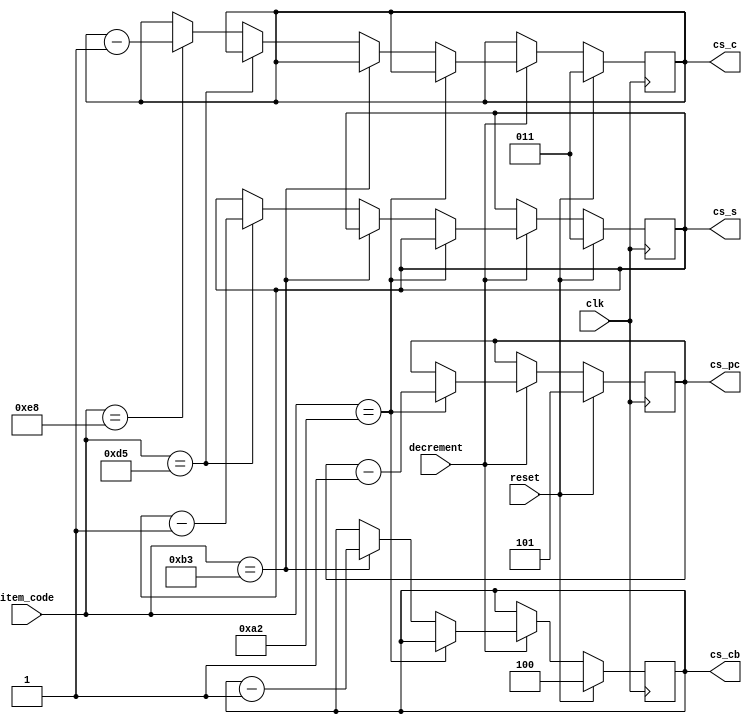
module Inventory
(
	input  clk, 
	input reset,
	//input S9, 
	input decrement,
	input [7:0] item_code,
	
	output reg [2:0] cs_pc, 
	output reg [2:0] cs_cb, 
	output reg [2:0] cs_s, 
	output reg [2:0] cs_c
);

localparam [7:0]  potato_chips = 8'hA2,
					   candy_bar = 8'hB3,
					   soda = 8'hD5,
					   cookie = 8'hE8; 

always@(posedge clk) 
if (reset) 
begin 
	cs_pc <= 3'd5;
	cs_cb <= 3'd4;
	cs_s <= 3'd3;
	cs_c <= 3'd3;
end

else 
begin
	if (decrement==1) 
	begin 
 
		if (item_code==potato_chips)
		begin 
		cs_pc <= cs_pc-3'b1 ;
		end 

		else if ( item_code ==candy_bar) 
		begin  
		cs_cb <= cs_cb -3'b1; 
		end 

		else if (item_code == soda) 
		begin  
		cs_s <= cs_s -3'b1; 
		end 

		else if (item_code ==cookie) 
		begin 
		cs_c <= cs_c -3'b1; 
		end 
	end
end 

endmodule